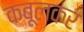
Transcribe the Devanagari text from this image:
कबूलकर